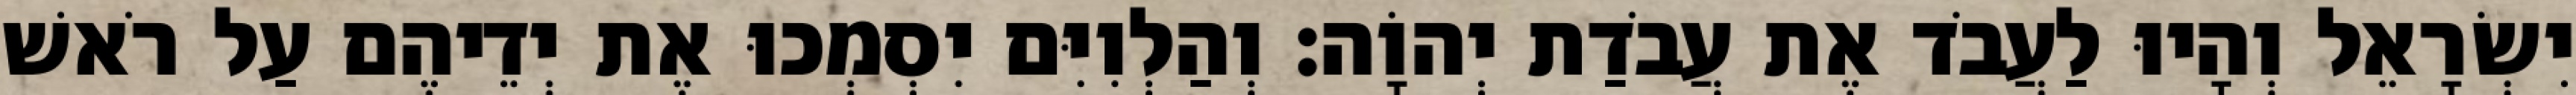
יִשְׂרָאֵל וְהָיוּ לַעֲבֹד אֶת עֲבֹדַת יְהוָֹה׃ וְהַלְוִיִּם יִסְמְכוּ אֶת יְדֵיהֶם עַל רֹאשׁ